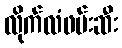
လိုက်လံဖမ်းဆီး